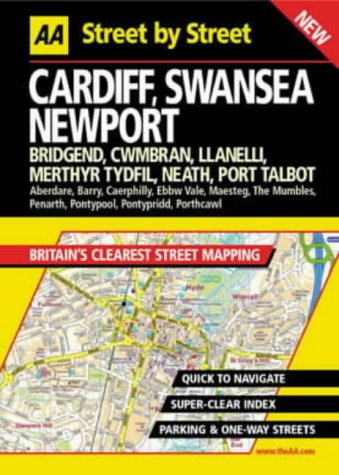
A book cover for AA Street by Street Cardiff, Swansea, Newport; Travel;